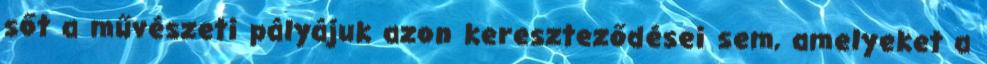
sőt a művészeti pályájuk azon kereszteződései sem, amelyeket a